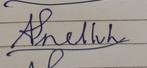
Signature authenticity: forged